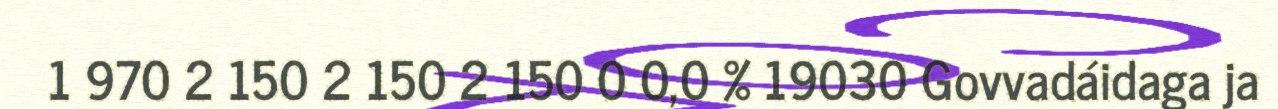
1 970 2 150 2 150 2 150 0 0,0 % 19030 Govvadáidaga ja